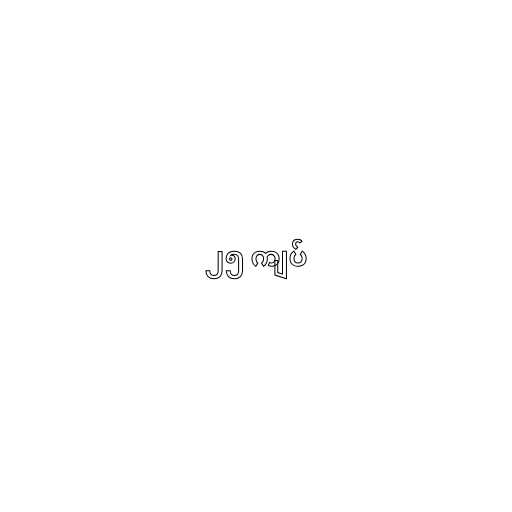
၂၅ ကျပ်